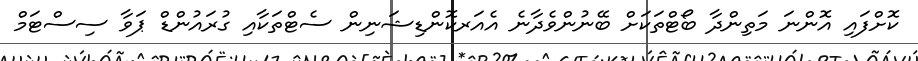
ކޮށްފައި އޮންނަ މަތިންދާ ބޯޓްތަކަށް ބޭނުންވެދާނެ އެއަރކޮންޑިޝަނިން ސެޓްތަކާއި ގުރައުންޑް ޕަވާ ސިސްޓަމް